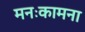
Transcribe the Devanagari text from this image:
मनःकामना